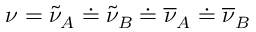
\nu = \tilde { \nu } _ { A } \doteq \tilde { \nu } _ { B } \doteq \overline { { \nu } } _ { A } \doteq \overline { { \nu } } _ { B }